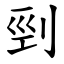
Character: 剄